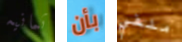
ثمانيه بأن ملفي